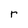
Character: r